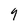
Character: 9